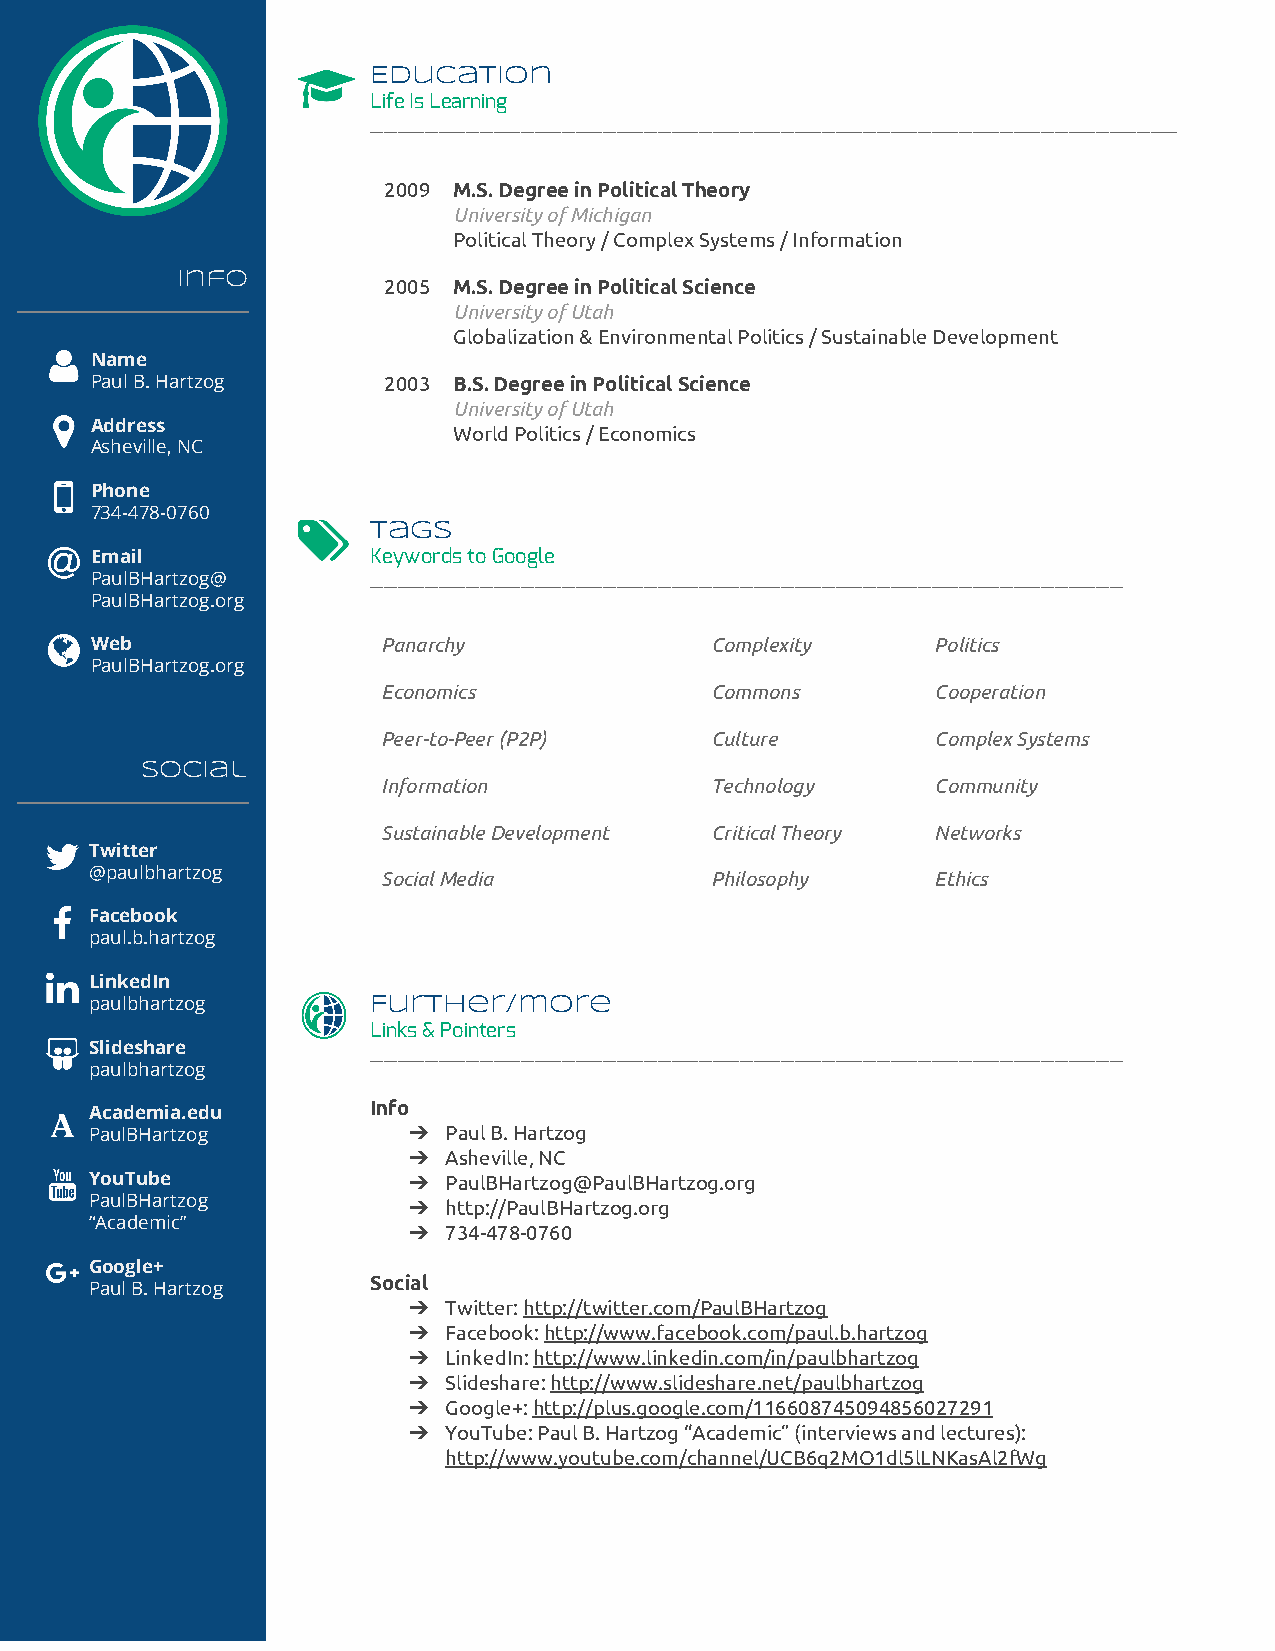
Education
 Life Is Learning
 ___________________________________________________________
 2009 M.S. Degree in Political Theory
 University of Michigan
 Political Theory / Complex Systems / Information
 Infoi
 ​        2005 M.S. Degree in Political Science
 University of Utah
 Globalization & Environmental Politics / Sustainable Development
 Name
 Paul B. Hartzog    2003 B.S. Degree in Political Science
 University of Utah
 Address                 World Politics / Economics
 Asheville, NC
 Phone
 734-478-0760
 Tags
 Email              Keywords to Google
 PaulBHartzog@      _______________________________________________________
 PaulBHartzog.org
 Web                Panarchy              Complexity     Politics
 PaulBHartzog.org
 Economics             Commons        Cooperation
 Peer-to-Peer (P2P)    Culture        Complex Systems
 Sociali
 ​        Information           Technology     Community
 Sustainable Development Critical Theory Networks
 Twitter
 @paulbhartzog      Social Media          Philosophy     Ethics
 Facebook
 paul.b.hartzog
 LinkedIn
 paulbhartzog       Further/more
 Links & Pointers
 Slideshare
 _______________________________________________________
 paulbhartzog
 Info
 Academia.edu
 PaulBHartzog         ➔ Paul B. Hartzog
 ➔ Asheville, NC
 YouTube              ➔ PaulBHartzog@PaulBHartzog.org
 PaulBHartzog         ➔ http://PaulBHartzog.org
 “Academic”
 ➔ 734-478-0760
 Google+
 Social
 Paul B. Hartzog
 ➔ Twitter: http://twitter.com/PaulBHartzog
 ​
 ➔ Facebook: http://www.facebook.com/paul.b.hartzog
 ​
 ➔ LinkedIn: http://www.linkedin.com/in/paulbhartzog
 ​
 ➔ Slideshare: http://www.slideshare.net/paulbhartzog
 ​
 ➔ Google+: http://plus.google.com/116608745094856027291
 ​
 ➔ YouTube: Paul B. Hartzog “Academic” (interviews and lectures):
 http://www.youtube.com/channel/UCB6q2MO1dl5lLNKasAl2fWg